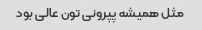
مثل همیشه پپرونی تون عالی بود